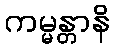
ကမ္မန္တာနိ